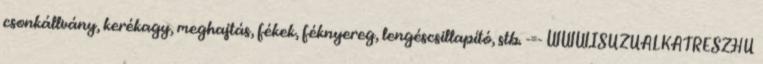
csonkállvány, kerékagy, meghajtás, fékek, féknyereg, lengéscsillapító, stb. -=- WWW.ISUZUALKATRESZ.HU